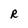
Character: R